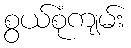
စွယ်စုံကျမ်း